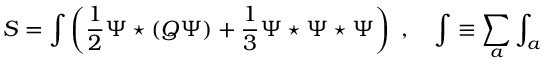
S = \int \left( \frac { 1 } { 2 } \Psi \star ( Q \Psi ) + \frac { 1 } { 3 } \Psi \star \Psi \star \Psi \right) \, \, , \quad \int \equiv \sum _ { a } \int _ { a }